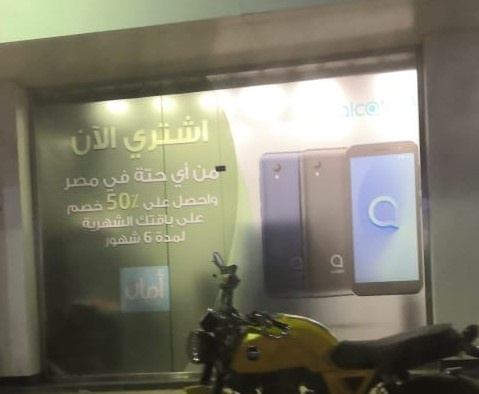
Text in image: إشتري الآن من أي حتة في مصر واحصل على خصم على باقتك الشهرية لمدة شهور أمان 50% 6